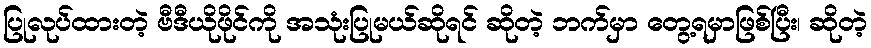
ပြုလုပ်ထားတဲ့ ဗီဒီယိုဖိုင်ကို အသုံးပြုမယ်ဆိုရင် ဆိုတဲ့ ဘက်မှာ တွေ့ရမှာဖြစ်ပြီး၊ ဆိုတဲ့